Insane asylums Bombay 1873-77 - 1873-1877
Year: 1873
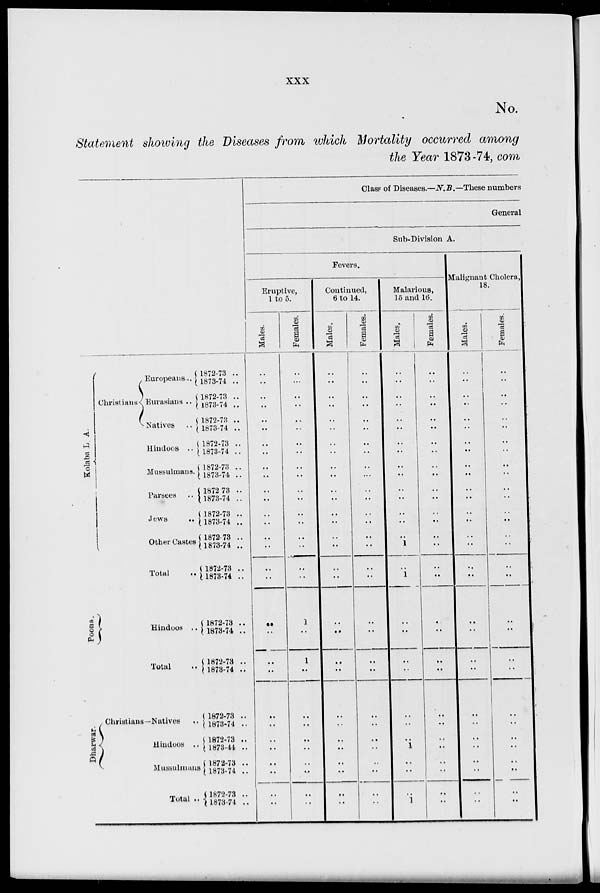
xxx
No.
Statement showing the Diseases from which Mortality occurred among
the Year 1873-74, com
Kolaba L.A.
Christians
Europeans ...
Eurasians ...
Natives
...
Hindoos ..
Mussulmans.
Parsees ..
Jews ..
Other Castes
Total
..
Poona.
Hindoos ..
Total ..
Dharwar.
Christians—Natives ..
Hindoos ..
Mussulmans ..
Total ..
1872-73 ..
1873-74 ..
1872-73 ..
1873-74 ..
1872-73 ..
1873-74 ..
1872-73 ..
1873-74 ..
1872-73 ..
1873-74 ..
1872 73 ..
1873-74 ..
1872-73 ..
1873-74 ..
1872-73 ..
1873-74 ..
1872-73 ..
1873-74 ..
1872-73 ..
1873-74 ..
1872-73 ..
1873-74 ..
1872-73 ..
1873-74 ..
1872-73 ..
1873-44 ..
1872-73 ..
1873-74 ..
1872-73 ..
1873-74
..
Class of Diseases.—N.B.—These numbers
General
Sub-Division A.
Fevers.
Eruptive,
1 to 5.
Males.
..
..
..
..
..
..
..
..
..
..
..
..
..
..
..
..
..
..
..
..
..
..
..
..
..
..
..
..
..
..
Females.
..
...
..
..
..
..
..
..
..
..
..
..
..
..
..
..
..
..
1
..
1
..
..
..
..
..
..
..
..
..
Continued,
6 to 14.
Males.
..
..
..
..
..
..
..
..
..
..
..
..
..
..
..
..
..
..
..
..
..
..
..
..
..
..
..
..
..
..
Females.
..
..
..
..
..
..
..
..
..
...
..
..
..
..
..
..
..
..
..
..
..
..
..
..
..
..
..
..
..
..
Malarious,
15 and 16.
Males.
..
..
..
..
..
..
..
..
..
..
..
..
..
..
..
1
..
1
..
..
..
..
..
..
..
1
..
..
..
1
Females.
..
..
..
..
..
..
..
..
..
..
..
..
..
..
..
..
..
..
..
..
..
..
..
..
..
..
..
..
..
..
Malignant Cholera,
18.
Males.
..
..
..
..
..
..
..
..
..
..
..
..
..
..
..
..
..
..
..
..
..
..
..
..
..
..
..
..
..
..
Females.
..
..
..
..
..
..
..
..
..
..
..
..
..
..
..
..
..
..
..
..
..
..
..
..
..
..
..
..
..
..